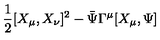
\frac { 1 } { 2 } [ X _ { \mu } , X _ { \nu } ] ^ { 2 } - \bar { \Psi } \Gamma ^ { \mu } [ X _ { \mu } , \Psi ]